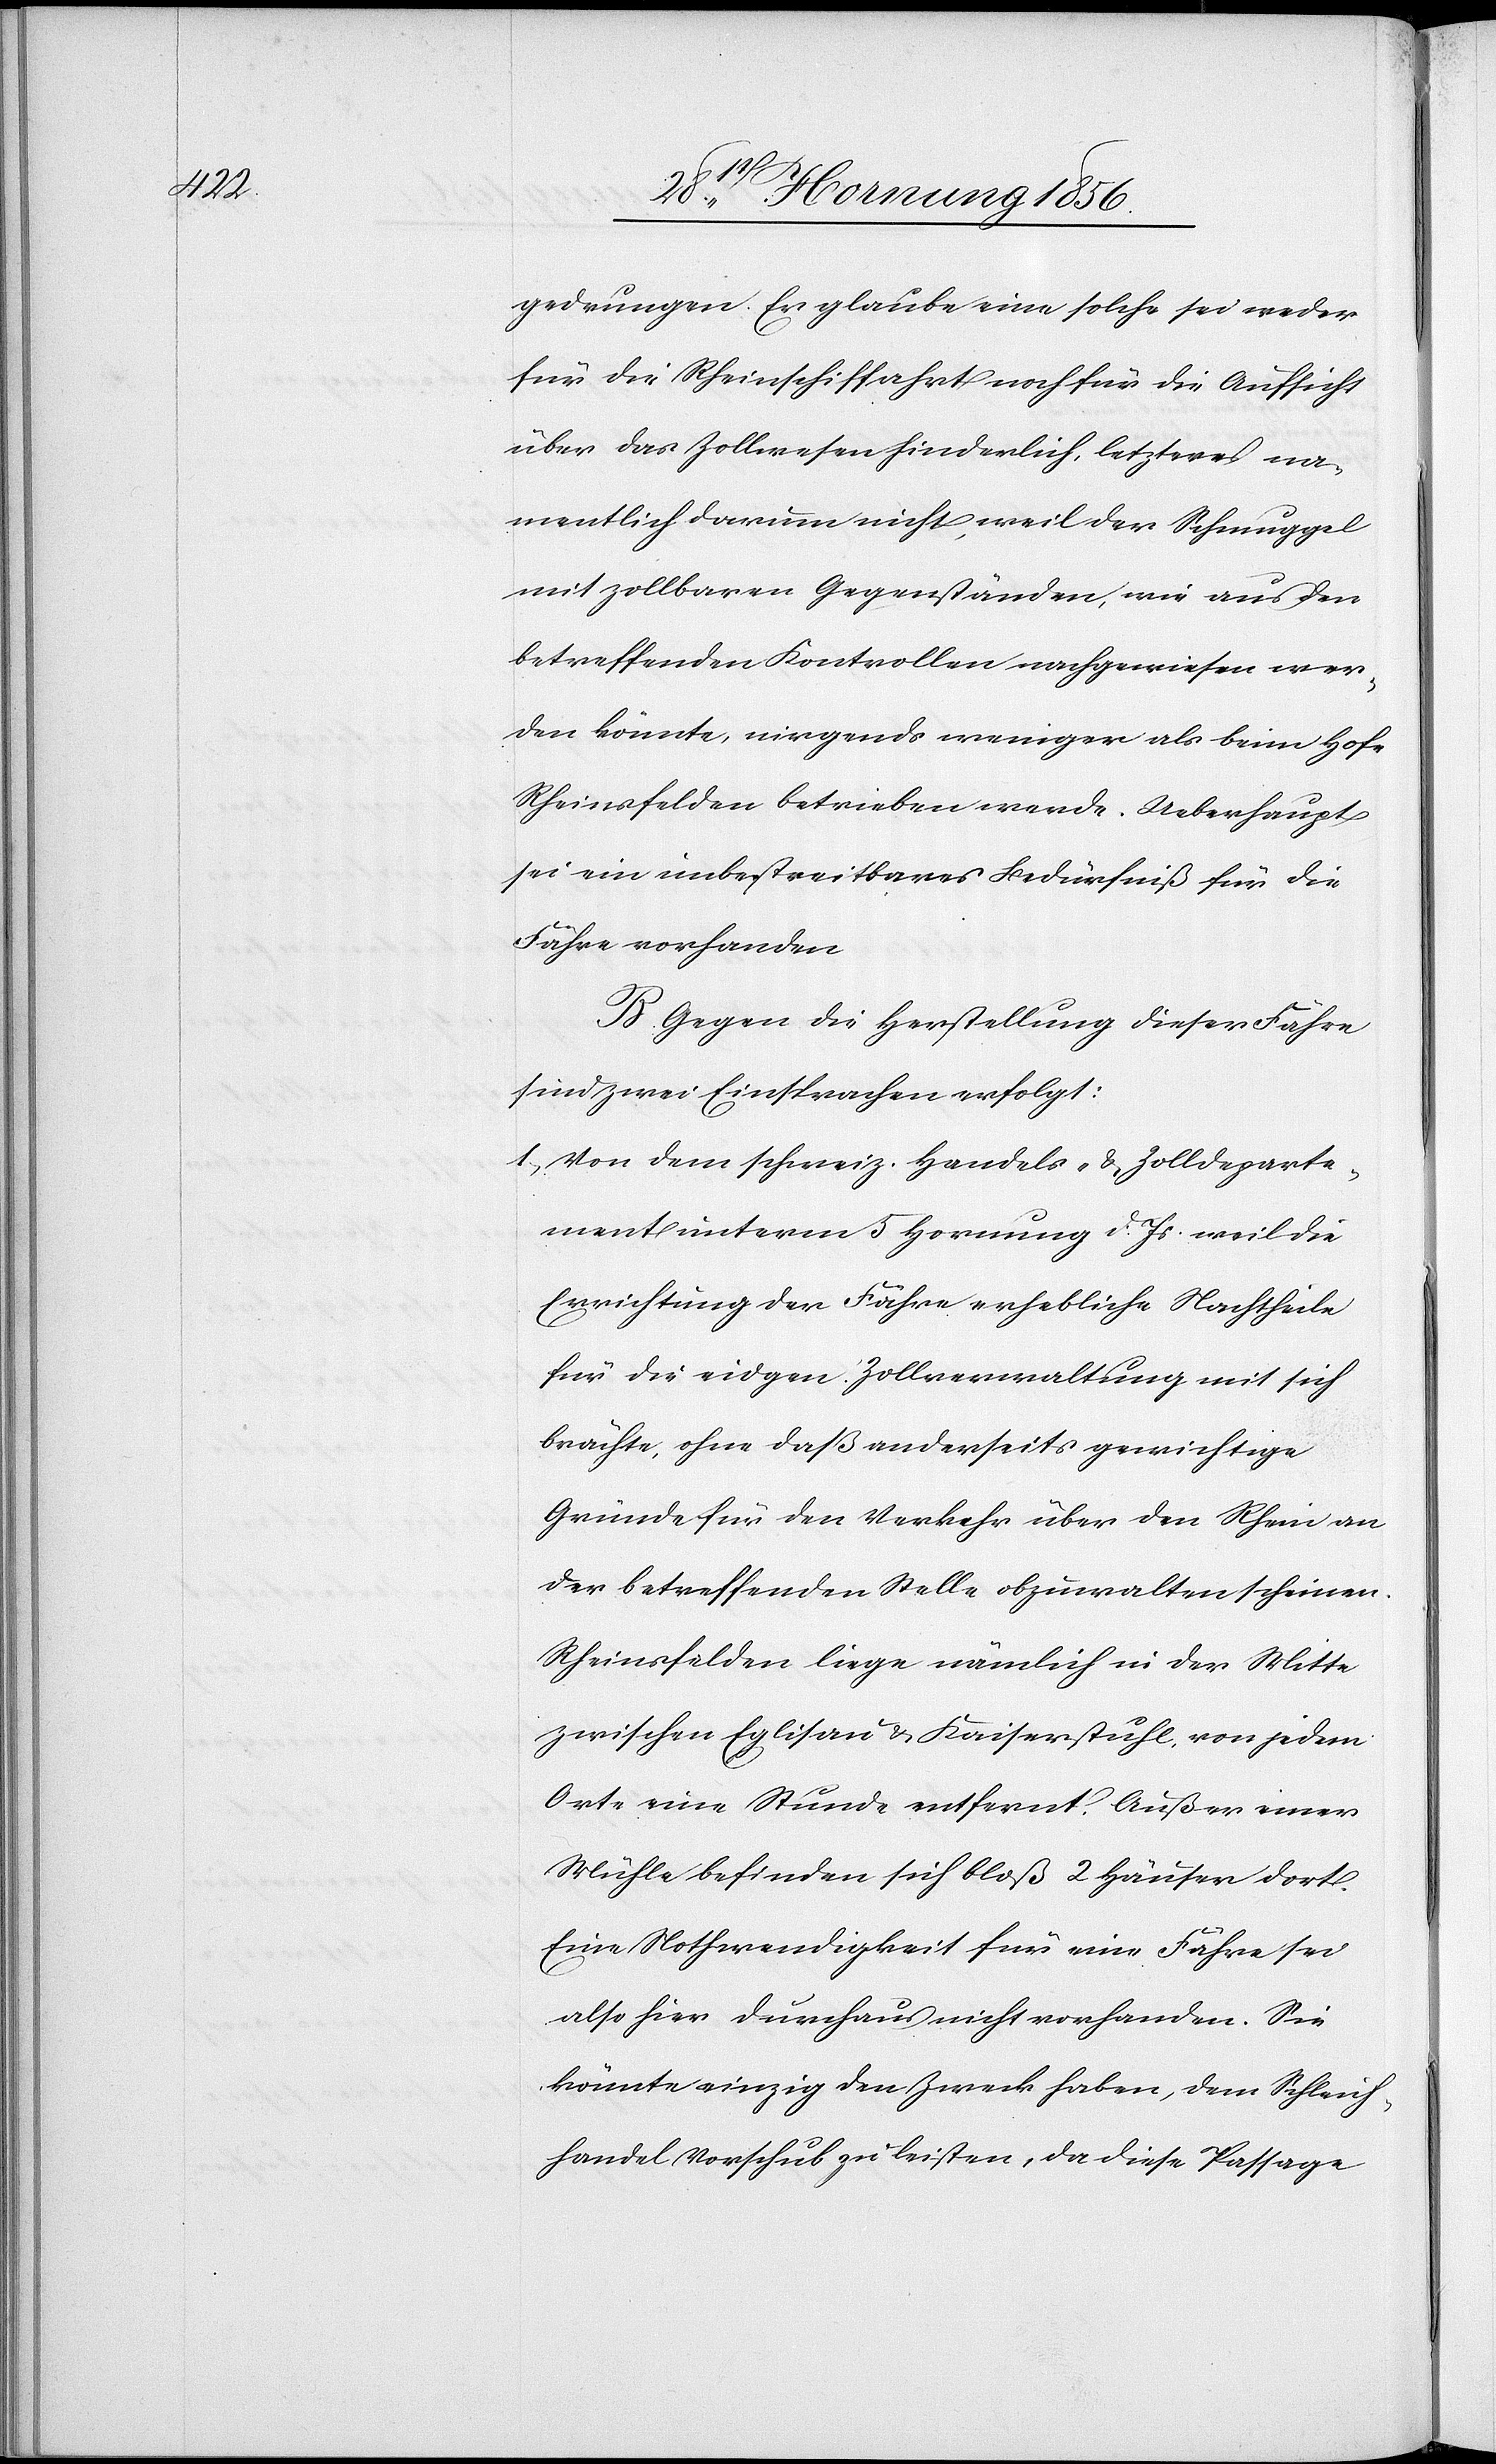
gedrungen. Es glaube eine solche sei weder
für die Rheinschiffahrt noch für die Aufsicht
über das Zollwesen hinderlich, letzteres na¬
mentlich darum nicht, weil der Schmuggel
mit zollbaren Gegenständen, wie aus den
betreffenden Kontrollen nachgewiesen wer¬
den könnte, nirgends weniger als beim Hofe
Rheinsfelden betrieben werde. Ueberhaupt
sei ein unbestreitbares Bedürfniß für die
Fähre vorhanden
B. Gegen die Herstellung dieser Fähre
sind zwei Einsprachen erfolgt:
1., Von dem schweiz. Handels- & Zolldeparte¬
ment unterm 5 Hornung d. Js. weil die
Errichtung der Fähre erhebliche Nachtheile
für die eidgen. Zollverwaltung mit sich
brächte, ohne daß anderseits gewichtige
Gründe für den Verkehr über den Rhein an
der betreffenden Stelle obzuwalten scheinen.
Rheinsfelden liege nämlich in der Mitte
zwischen Eglisau & Kaiserstuhl, von jedem
Orte eine Stunde entfernt. Außer einer
Mühle befinden sich bloß 2 Häuser dort.
Eine Nothwendigkeit für eine Fähre sei
also hier durchaus nicht vorhanden. Sie
könnte einzig den Zweck haben, dem Schleich¬
handel Vorschub zu leisten, da diese Passage